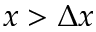
x > \Delta x